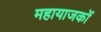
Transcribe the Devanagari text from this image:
महायाजकों